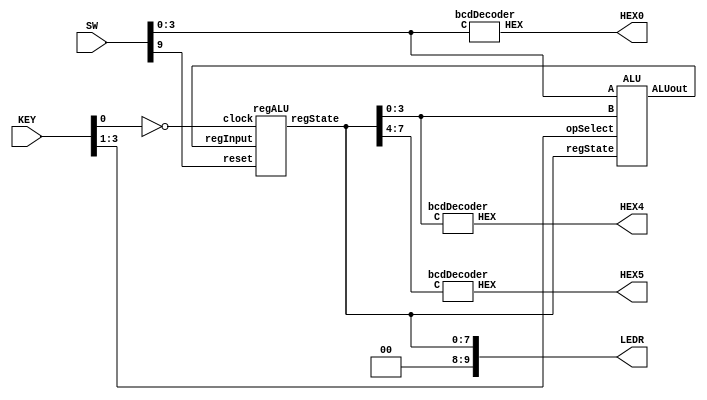
`timescale 1ns / 1ns // `timescale time_unit/time_precision


/* top-level entity for ALU */
module lab4Part2 (input [9:0] SW, input [3:0] KEY, 
						output [9:0] LEDR, output [6:0] HEX0, HEX4, HEX5);

				assign LEDR[9:8] = 2'b00; // LEDR[9] and LEDR[8] are off
				wire [7:0] ALUout, regState;
				
				/* 
				 * SW[3:0] is the input A bus
				 * SW[9] is the reset
				 * KEY[0] is the clock signal
				 * KEY[3:1] is the operation selection bus
				 * LEDR[7:0] is the ALU output bus
				 * HEX0, HEX4, HEX5 are for display of inputs and output
				 * HEX1, HEX2, and HEX3 stay off (un-initialized)
				 * SW[8:4] are non-inputs for any function
				 */
				
				bcdDecoder disp_A (.C(SW[3:0]), .HEX(HEX0)); // display input A
				
				ALU A1 (.A(SW[3:0]), .B(regState[3:0]), .regState(regState), 
						.opSelect(KEY[3:1]), .ALUout(ALUout)); // instantiating ALU
				regALU R1 (.regInput(ALUout), .reset(SW[9]), .clock(~KEY[0]), 
						.regState(regState)); // instantiating register
				
				assign LEDR[7:0] = regState; // display register state bus
				bcdDecoder disp_regState_1 (.C(regState[3:0]), .HEX(HEX4)); // display on HEX4
				bcdDecoder disp_regState_2 (.C(regState[7:4]), .HEX(HEX5)); // display on HEX5
				
endmodule // lab4Part2


/* register to store output from the ALU */
module regALU (input [7:0] regInput, input reset, clock, 
					output reg [7:0] regState);

	always @(posedge clock) // triggered on rising edge of the clock signal
	begin
	
		if (reset == 1'b0) // active-low, clock synchronous reset to 0
			regState <= 8'b00000000;
		else 
			regState <= regInput; // if reset is not 0, register stores input
	
	end

endmodule // regALU

/* Arithmetic Logic Unit with 8 possible operations */
module ALU (input [3:0] A, B, input [2:0] opSelect, input [7:0] regState, 
				output [7:0] ALUout);
				
				wire [7:0] opOut_0, opOut_1, opOut_2, opOut_3, opOut_4, 
							opOut_5, opOut_6, opOut_7; // 7 8-bit possible outputs of the ALU
				
				// case 0
				fourBitAdder FA_4bit (.A(A), .B(B), .c_in(1'b0), .S(opOut_0[3:0]), 
								.c_out(opOut_0[4])); // modular addition
				assign opOut_0[7:5] = 3'b000; // pad the rest bits to zero
				
				// case 1
				assign opOut_1[4:0] = (A + B); // bitwise addition operator
				assign opOut_1[7:5] = 3'b000; // pad the rest bits to zero
				
				// case 2
				assign opOut_2[3:0] = ~(A & B); // bitwise nand
				assign opOut_2[7:4] = ~(A | B); // bitwise nor
				
				// case 3
				assign opOut_3 = ((A > 0) | (B > 0)) ? (8'b11000000):(8'b00000000);
				
				// case 4
				assign opOut_4 = (((~^A) & (A != 0) & (A != 15)) & // returns 1 if A has 2 ones
									((^B) & (B >= 7) & (B != 8))) // returns 1 if B has 3 ones
									? (8'b00111111):(8'b00000000);
				
				// case 5
				assign opOut_5[7:4] = B; // B as MSB
				assign opOut_5[3:0] = ~A; // complement of A as LSB
				
				// case 6
				assign opOut_6[3:0] = ~(A ^ B); // bitwise xnor
				assign opOut_6[7:4] = (A ^ B); // bitwise xor
				
				// case 7
				assign opOut_7 = regState; // register values remain unchanged
				
				// selecting which operation to output using a 7 to 1 multiplexer
				mux7to1 opSelecter_1 (.out0(opOut_0), .out1(opOut_1), .out2(opOut_2), 
											.out3(opOut_3), .out4(opOut_4), .out5(opOut_5), 
											.out6(opOut_6), .out7(opOut_7), 
											.MuxSelect(opSelect), .muxOut(ALUout));

endmodule //ALU


/* 7 to 1 multiplexer module */
module mux7to1 (input [7:0] out0, out1, out2, out3, out4, out5, out6, out7,  
					input [2:0] MuxSelect, output reg [7:0] muxOut);
				
				/*
				 * always statement implementing the 
				 * the combinational logic for selecting signals
				 */
				
				always @(*)
				begin
					case (~MuxSelect[2:0])
						
						// inverted MuxSelect bits for input through KEY
						3'b000: muxOut = out0; // output of operation 0
						3'b001: muxOut = out1; // output of operation 1
						3'b010: muxOut = out2; // output of operation 2
						3'b011: muxOut = out3; // output of operation 3
						3'b100: muxOut = out4; // output of operation 4
						3'b101: muxOut = out5; // output of operation 5
						3'b110: muxOut = out6; // output of operation 6
						3'b111: muxOut = out7; // output of operation 7
						default: muxOut = 8'b00000000; // default case
					
					endcase
				end
				
endmodule // mux7to1


/* 4-bit adder module */
module fourBitAdder (input [3:0] A, B, input c_in, 
							output [3:0] S, output c_out);

				wire [2:0] C; // carry-pin vector
				
				// check schematic for wiring
				fullAdder bit0 (.c_in(c_in), .a(A[0]), .b(B[0]), .s(S[0]), .c_out(C[0]));
				fullAdder bit1 (.c_in(C[0]), .a(A[1]), .b(B[1]), .s(S[1]), .c_out(C[1]));
				fullAdder bit2 (.c_in(C[1]), .a(A[2]), .b(B[2]), .s(S[2]), .c_out(C[2]));
				fullAdder bit3 (.c_in(C[2]), .a(A[3]), .b(B[3]), .s(S[3]), .c_out(c_out));

endmodule // fourBitAdder


/* full adder module */
module fullAdder (input c_in, a, b, output s, c_out);

				assign s = (a ^ b ^ c_in); // odd function for sum bit
				assign c_out = ((a & b) | (a & c_in) | (b & c_in)); // majority function for carry-out bit

endmodule // fullAdder


/* BCD to common-anode seven-segment display decoder */
module bcdDecoder (input [3:0] C, output [6:0] HEX);

				// maxterms for every segment LEDs with common anode
				assign HEX[0] = !((C[3]|C[2]|C[1]|!C[0]) & (C[3]|!C[2]|C[1]|C[0]) & 
								(!C[3]|C[2]|!C[1]|!C[0]) & (!C[3]|!C[2]|C[1]|!C[0]));
								
				assign HEX[1] = !((C[3]|!C[2]|C[1]|!C[0]) & (C[3]|!C[2]|!C[1]|C[0]) & 
								(!C[3]|C[2]|!C[1]|!C[0]) & (!C[3]|!C[2]|C[1]|C[0]) & 
								(!C[3]|!C[2]|!C[1]|C[0]) & (!C[3]|!C[2]|!C[1]|!C[0]));
								
				assign HEX[2] = !((C[3]|C[2]|!C[1]|C[0]) & (!C[3]|!C[2]|C[1]|C[0]) & 
								(!C[3]|!C[2]|!C[1]|C[0]) & (!C[3]|!C[2]|!C[1]|!C[0]));
								
				assign HEX[3] = !((C[3]|C[2]|C[1]|!C[0]) & (C[3]|!C[2]|C[1]|C[0]) & 
								(C[3]|!C[2]|!C[1]|!C[0]) & (!C[3]|C[2]|C[1]|!C[0]) & 
								(!C[3]|C[2]|!C[1]|C[0]) & (!C[3]|!C[2]|!C[1]|!C[0]));
								
				assign HEX[4] = !((C[3]|C[2]|C[1]|!C[0]) & (C[3]|C[2]|!C[1]|!C[0]) & 
								(C[3]|!C[2]|C[1]|C[0]) & (C[3]|!C[2]|C[1]|C[0]) &
								(C[3]|!C[2]|C[1]|!C[0]) & (C[3]|!C[2]|!C[1]|!C[0]) &
								(!C[3]|C[2]|C[1]|!C[0]));
								
				assign HEX[5] = !((C[3]|C[2]|C[1]|!C[0]) & (C[3]|C[2]|!C[1]|C[0]) & 
								(C[3]|C[2]|!C[1]|!C[0]) & (C[3]|!C[2]|!C[1]|!C[0]) & 
								(!C[3]|!C[2]|C[1]|!C[0]));
								
				assign HEX[6] = !((C[3]|C[2]|C[1]|C[0]) & (C[3]|C[2]|C[1]|!C[0]) & 
								(C[3]|!C[2]|!C[1]|!C[0]) & (!C[3]|!C[2]|C[1]|C[0]));

endmodule // bcdDecoder